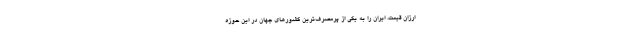
ارزان قیمت، ایران را به یکی از پرمصرف‌ترین کشور‌های جهان در این حوزه